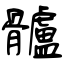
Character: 髗